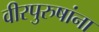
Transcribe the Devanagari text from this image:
वीरपुरुषांना